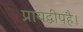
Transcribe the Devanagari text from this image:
प्रायद्वीपहै।